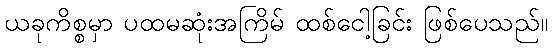
ယခုကိစ္စမှာ ပထမဆုံးအကြိမ် ထစ်ငေါ့ခြင်း ဖြစ်ပေသည်။